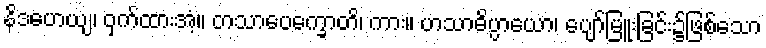
နိဒဟေယျ၊ ဝှက်ထားအံ့။ တသာပေက္ခောတိ၊ ကား။ ဟသာဓိပ္ပာယော၊ ပျော်မြူးခြင်း၌ဖြစ်သော